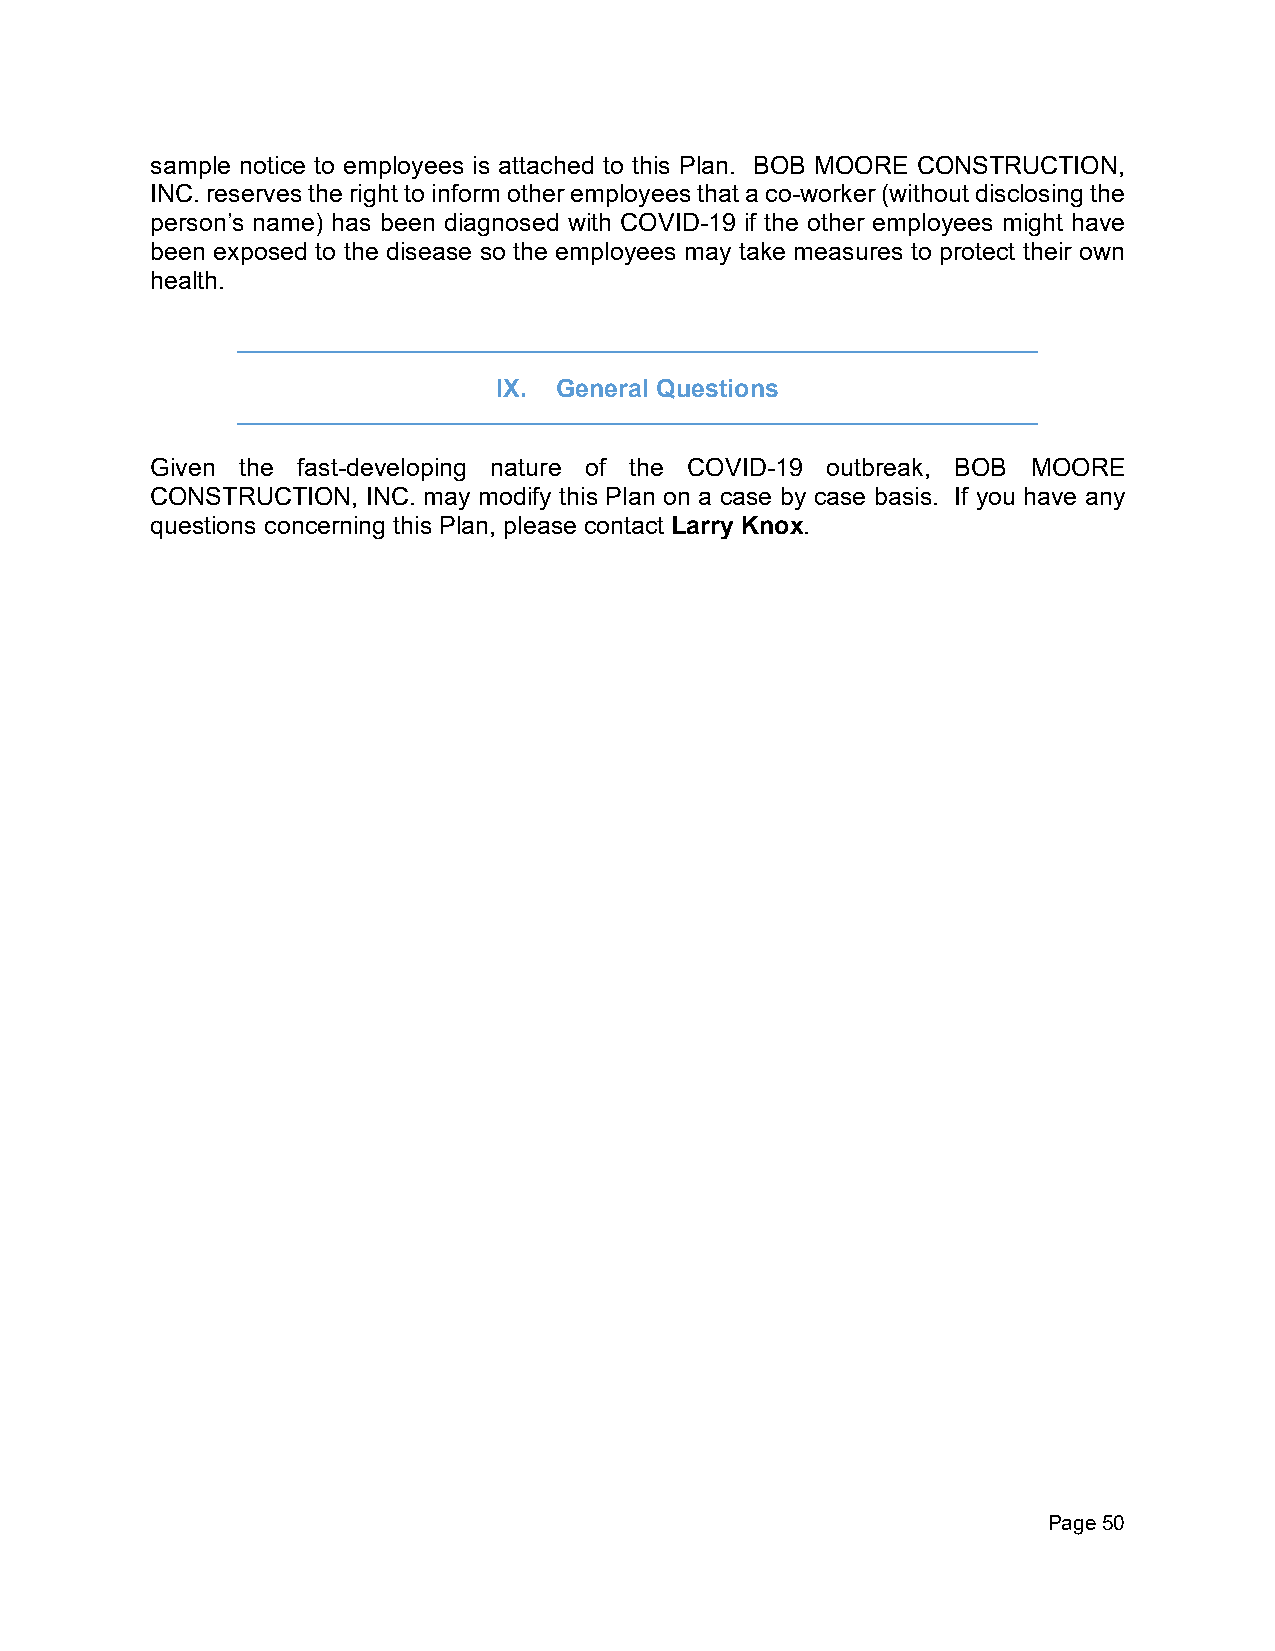
sample notice to employees is attached to this Plan. BOB MOORE CONSTRUCTION,
 INC. reserves the right to inform other employees that a co-worker (without disclosing the
 person’s name) has been diagnosed with COVID-19 if the other employees might have
 been exposed to the disease so the employees may take measures to protect their own
 health.
 IX. General Questions
 Given the fast-developing nature of the COVID-19 outbreak, BOB MOORE
 CONSTRUCTION, INC. may modify this Plan on a case by case basis. If you have any
 questions concerning this Plan, please contact Larry Knox.
 Page 50